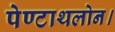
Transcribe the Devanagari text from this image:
पेण्टाथलोन।